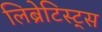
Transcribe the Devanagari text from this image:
लिब्रेटिस्ट्स